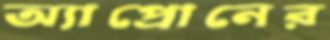
অ্যাপ্রোনের